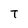
Character: T